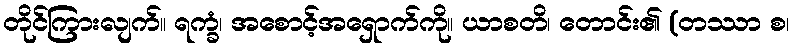
တိုင်ကြားလျက်။ ရက္ခံ၊ အစောင့်အရှောက်ကို။ ယာစတိ၊ တောင်း၏ (တဿာ စ၊